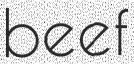
beef